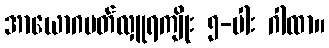
အာယောဂပတ်လှူရကျိုး ၅-ပါး ဂါထာ။